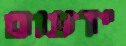
ידעום